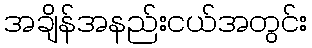
အချိန်အနည်းငယ်အတွင်း